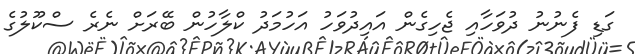
ގަޑި ފެނުނު ދުވަހާއި ޖެހިގެން އައިދުވަހު އަހުމަދު ކްލާހުން ބޭރަށް ނެރެ ސްކޫލުގެ